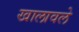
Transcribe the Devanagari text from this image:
खालावले